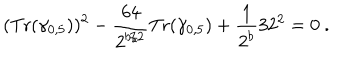
LaTeX: ( { \mathrm { T r } } ( \gamma _ { 0 , 5 } ) ) ^ { 2 } - { \frac { 6 4 } { 2 ^ { b / 2 } } } { \mathrm { T r } } ( \gamma _ { 0 , 5 } ) + { \frac { 1 } { 2 ^ { b } } } 3 2 ^ { 2 } = 0 ~ .